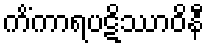
ကိံကာရပဋိဿာဝိနီ